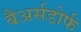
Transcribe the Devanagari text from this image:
बैअर्सडोर्फ